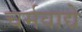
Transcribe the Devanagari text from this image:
चर्मवाद्ये